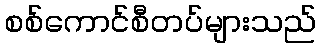
စစ်ကောင်စီတပ်များသည်